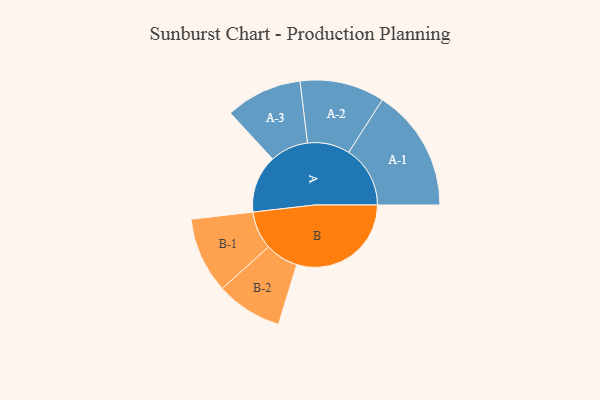
{"axis": {"x": "Segment", "y": "Value"}, "legend": ["", "A", "B"], "data": [{"x": "A", "y": 214, "type": ""}, {"x": "B", "y": 425, "type": ""}, {"x": "A-1", "y": 228, "type": "A"}, {"x": "A-2", "y": 157, "type": "A"}, {"x": "A-3", "y": 142, "type": "A"}, {"x": "B-1", "y": 141, "type": "B"}, {"x": "B-2", "y": 123, "type": "B"}]}